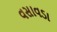
વસાવડા